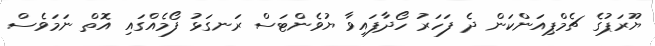
ޔޫރަޕުގެ ޗެމްޕިއަންކަން ދެ ފަހަރު ހޯދާފައިވާ ޔުވެންޓަސް ރަނގަޅު ފޯމެއްގައި އޮތް ނަމަވެސް